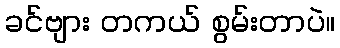
ခင်ဗျား တကယ် စွမ်းတာပဲ။